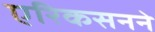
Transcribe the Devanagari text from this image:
एरिकसनने